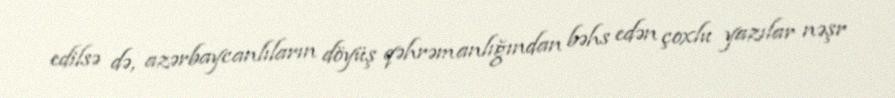
edilsə də, azərbaycanlıların döyüş qəhrəmanlığından bəhs edən çoxlu yazılar nəşr